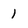
Character: 1